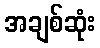
အချစ်ဆုံး